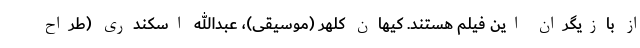
از بازیگران این فیلم هستند. کیهان کلهر (موسیقی)، عبدالله اسکندری (طراح